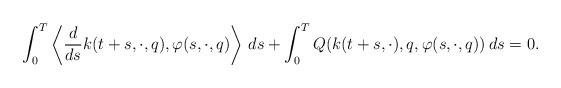
LaTeX: \begin{align*}\int_0^T\left\langle \frac{d}{ds}k(t+s,\cdot,q),\varphi(s,\cdot,q)\right\rangle\, ds + \int_0^T Q(k(t+s,\cdot),q,\varphi(s,\cdot,q))\, ds = 0.\end{align*}